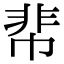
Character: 𩇪